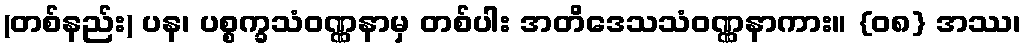
(တစ်နည်း) ပန၊ ပစ္စက္ခသံဝဏ္ဏနာမှ တစ်ပါး အတိဒေသသံဝဏ္ဏနာကား။ {၀၈} အဿ၊